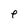
Character: e